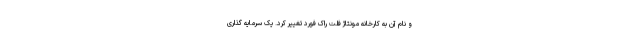
و نام آن به کارخانه مونتاژ فلت راک فورد تغییر کرد. یک سرمایه گذاری